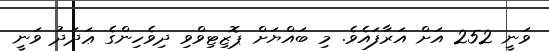
ވަނީ 252 އަށް އަރާފައެވެ. މި ބައްޔަށް ޕޮޒިޓިވްވި ދިވެހިންގެ ޢަދަދު ވަނީ